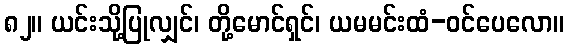
၈၂။ ယင်းသို့ပြုလျှင်၊ တို့မောင်ရှင်၊ ယမမင်းထံ-ဝင်ပေလော။